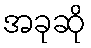
အခုဆို